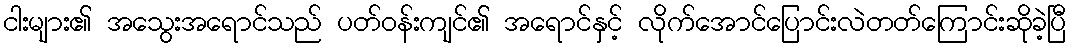
ငါးများ၏ အသွေးအရောင်သည် ပတ်ဝန်းကျင်၏ အရောင်နှင့် လိုက်အောင်ပြောင်းလဲတတ်ကြောင်းဆိုခဲ့ပြီ